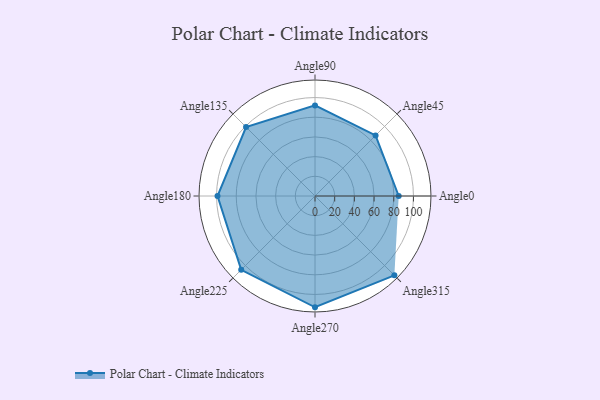
{"axis": {"x": "Angle", "y": "Radius"}, "legend": [""], "data": [{"x": "Angle0", "y": 85.0, "type": ""}, {"x": "Angle45", "y": 87.0, "type": ""}, {"x": "Angle90", "y": 92.0, "type": ""}, {"x": "Angle135", "y": 99.0, "type": ""}, {"x": "Angle180", "y": 99.0, "type": ""}, {"x": "Angle225", "y": 106.0, "type": ""}, {"x": "Angle270", "y": 113.0, "type": ""}, {"x": "Angle315", "y": 114.0, "type": ""}]}